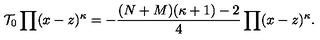
{ \cal T _ { \mathrm { 0 } } } \prod ( x - z ) ^ { \kappa } = - \frac { ( N + M ) ( \kappa + 1 ) - 2 } { 4 } \prod ( x - z ) ^ { \kappa } .